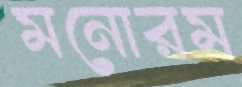
মনোরম